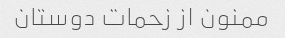
ممنون از زحمات دوستان